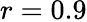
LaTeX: r=0.9